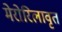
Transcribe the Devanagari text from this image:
मेरोरिलावृतं